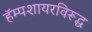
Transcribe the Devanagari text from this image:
हॅम्पशायरविरूद्ध